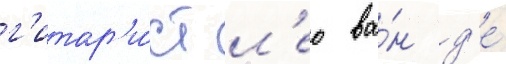
г'итар'и́ст л'ео ва́н д'е́